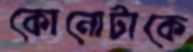
কোনোটাকে